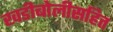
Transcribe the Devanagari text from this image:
खडीबोलीसहित